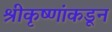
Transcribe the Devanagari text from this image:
श्रीकृष्णांकडून